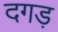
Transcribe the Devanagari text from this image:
दगड़